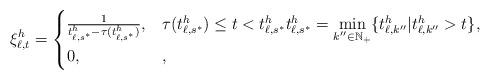
LaTeX: \begin{align*}\xi^{h}_{\ell,t}=\begin{cases}\frac{1}{t^{h}_{\ell,s^*}-\tau(t^h_{\ell,s^*})}, & \tau(t^{h}_{\ell,s^*}) \leq t < t^{h}_{\ell,s^*} t^{h}_{\ell,s^*}=\min\limits_{\begin{subarray}~k''\in\mathbb{N}_+\end{subarray}}\{t^{h}_{\ell,k''}|t^{h}_{\ell,k''}> t\},\\0, & ,\end{cases}\end{align*}